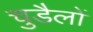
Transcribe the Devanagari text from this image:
चुडैलों